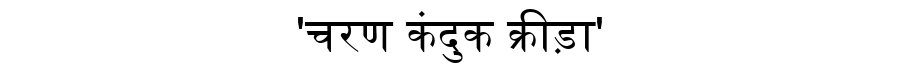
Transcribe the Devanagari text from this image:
'चरण कंदुक क्रीड़ा'